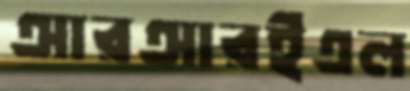
আরআরইএল